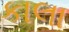
કાલા